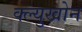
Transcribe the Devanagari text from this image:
क्ल्युखोन